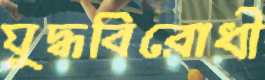
যুদ্ধবিরোধী